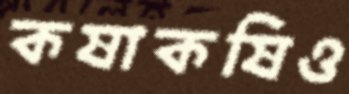
কষাকষিও